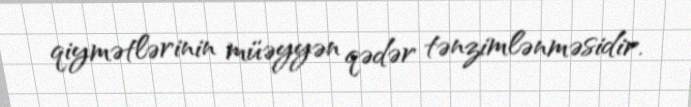
qiymətlərinin müəyyən qədər tənzimlənməsidir.